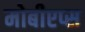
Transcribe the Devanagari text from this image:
मोबीएप्स